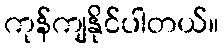
ကုန်ကျနိုင်ပါတယ်။